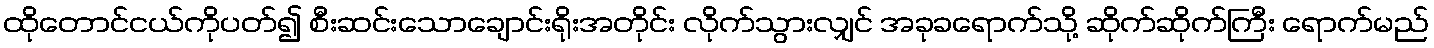
ထိုတောင်ငယ်ကိုပတ်၍ စီးဆင်းသောချောင်းရိုးအတိုင်း လိုက်သွားလျှင် အခုခရောက်သို့ ဆိုက်ဆိုက်ကြီး ရောက်မည်